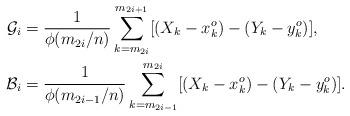
LaTeX: \begin{align*} \mathcal{G}_i & = \frac{1}{\phi(m_{2i}/n)} \sum_{k = m_{2i}}^{m_{2i+1}} [(X_k - x_k^o) - (Y_k - y_k^o)], \\ \mathcal{B}_i & = \frac{1}{\phi(m_{2i-1}/n)} \sum_{k = m_{2i-1}}^{m_{2i}} [(X_k - x_k^o) - (Y_k - y_k^o)]. \end{align*}